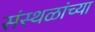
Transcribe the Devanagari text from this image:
संस्थळांच्या